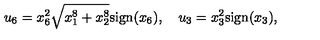
u _ { 6 } = x _ { 6 } ^ { 2 } \sqrt { x _ { 1 } ^ { 8 } + x _ { 2 } ^ { 8 } } \mathrm { s i g n } ( x _ { 6 } ) , \quad u _ { 3 } = x _ { 3 } ^ { 2 } \mathrm { s i g n } ( x _ { 3 } ) ,